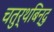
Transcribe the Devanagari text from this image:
चतुर्थबिन्दु